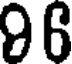
96